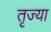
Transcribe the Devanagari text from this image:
तृज्या